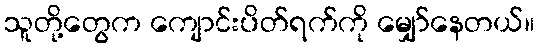
သူတို့တွေက ကျောင်းပိတ်ရက်ကို မျှော်နေတယ်။